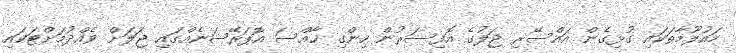
މައުލޫމާތަކައި ގުޅިގެން އައްސޭރި ޖަލުގެ އޮފިސަރުން ހިންގި ޚާއްސަ އޮޕަރޭޝަނެއްގައި ޖަލަށް ވެއްދުމަށްޓަކައި